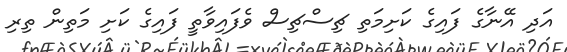
އަދި އޭނާގެ ފައިގެ ކަށިމަތި ޗިސްޗިސް ވެފައިވާތީ ފައިގެ ކަށި މަތިން ތިރި